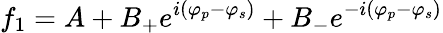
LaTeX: f_{1}=A+B_{+}e^{i(\varphi_{p}-\varphi_{s})}+B_{-}e^{-i(\varphi_{p}-\varphi_{s})}